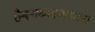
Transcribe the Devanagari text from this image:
हैदराबादमधला